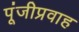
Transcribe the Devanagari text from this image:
पूंजीप्रवाह